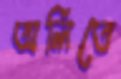
অর্লিতে